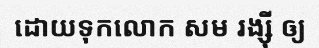
ដោយទុកលោក សម រង្ស៊ី ឲ្យ